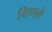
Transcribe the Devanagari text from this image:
गिणने